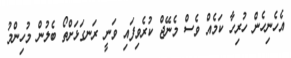
އެހެނިހެން ހުރިހާ ކަމެއް ވެސް މެނޭޖް ކުރެވިފައި ވަނީ ރަނގަޅަށްތޯ ބެލުން މުހިންމު